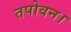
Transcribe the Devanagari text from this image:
तपोवन।